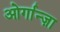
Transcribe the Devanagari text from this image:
ओर्गान्ज़ा